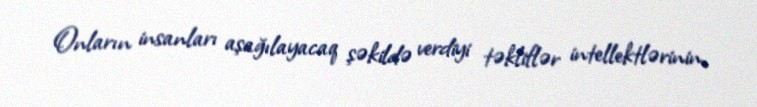
Onların insanları aşağılayacaq şəkildə verdiyi təkliflər intellektlərinin,